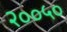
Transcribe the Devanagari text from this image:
२००५०